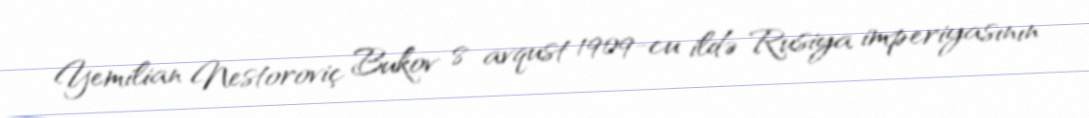
Yemilian Nestoroviç Bukov 8 avqust 1909-cu ildə Rusiya imperiyasının